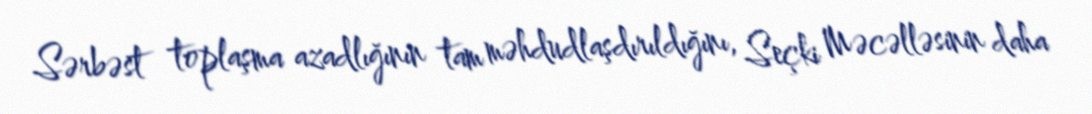
Sərbəst toplaşma azadlığının tam məhdudlaşdırıldığını, Seçki Məcəlləsinin daha